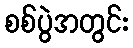
စစ်ပွဲအတွင်း